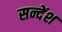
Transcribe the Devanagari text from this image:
सन्देंश